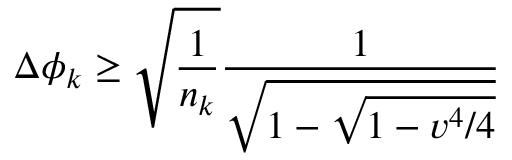
\Delta \phi _ { k } \ge \sqrt { \frac { 1 } { n _ { k } } } \frac { 1 } { \sqrt { 1 - \sqrt { 1 - v ^ { 4 } / 4 } } }